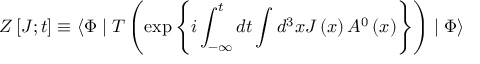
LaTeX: Z \left[ J ; t \right] \equiv \langle \Phi \mid T \left( \exp \left\{ i \int _ { - \infty } ^ { t } d t \int d ^ { 3 } x J \left( x \right) A ^ { 0 } \left( x \right) \right\} \right) \mid \Phi \rangle